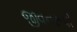
જીવનરૂપી